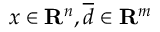
x \in \mathbf { R } ^ { n } , \overline { d } \in \mathbf { R } ^ { m }